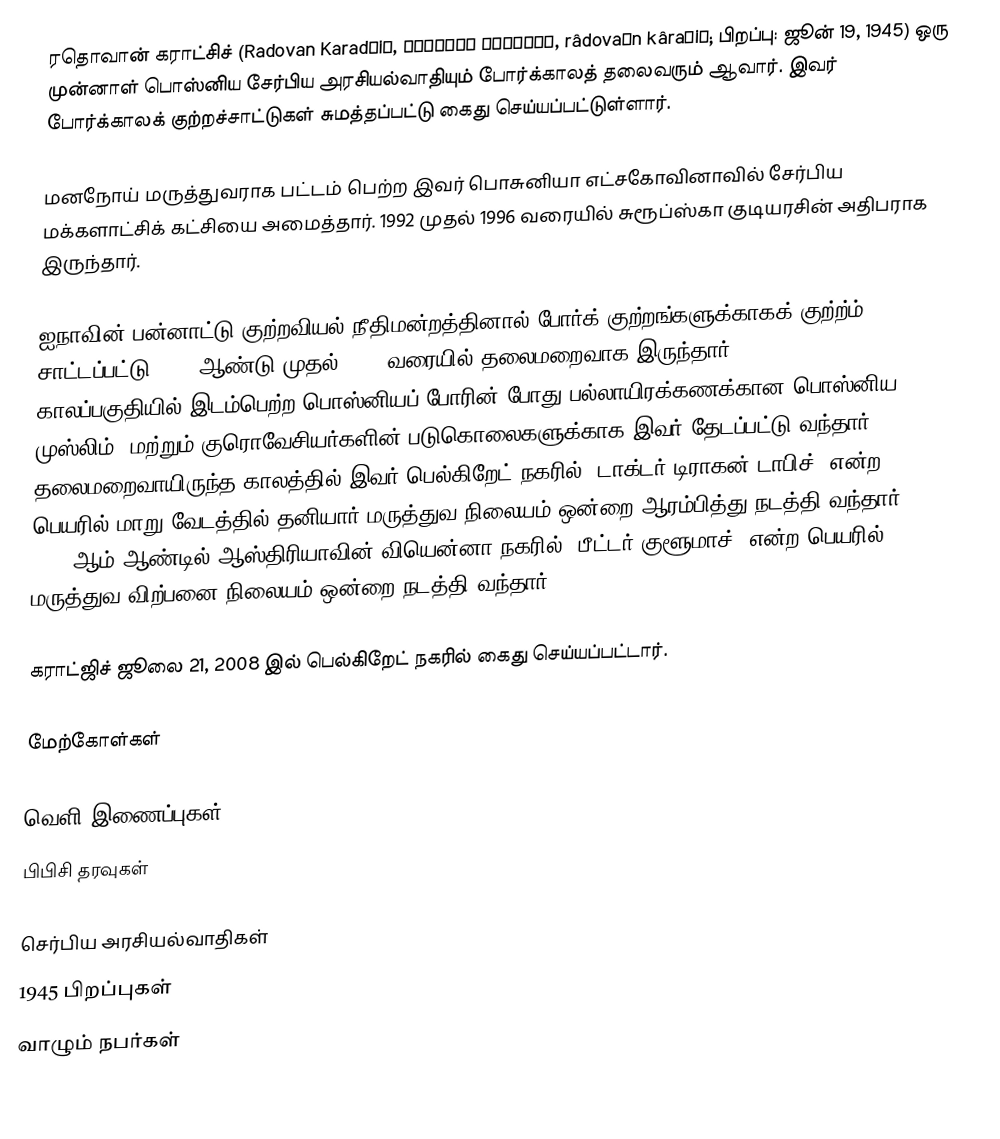
ரதொவான் கராட்சிச் (Radovan Karadžić, Радован Караџић, râdovaːn kâraʤiʨ; பிறப்பு: ஜூன் 19, 1945) ஒரு முன்னாள் பொஸ்னிய சேர்பிய அரசியல்வாதியும் போர்க்காலத் தலைவரும் ஆவார். இவர் போர்க்காலக் குற்றச்சாட்டுகள் சுமத்தப்பட்டு கைது செய்யப்பட்டுள்ளார்.

மனநோய் மருத்துவராக பட்டம் பெற்ற இவர் பொசுனியா எட்சகோவினாவில் சேர்பிய மக்களாட்சிக் கட்சியை அமைத்தார். 1992 முதல் 1996 வரையில் சுரூப்ஸ்கா குடியரசின் அதிபராக இருந்தார்.

ஐநாவின் பன்னாட்டு குற்றவியல் நீதிமன்றத்தினால் போர்க் குற்றங்களுக்காகக் குற்ற்ம் சாட்டப்பட்டு 1996 ஆண்டு முதல் 2008 வரையில் தலைமறைவாக இருந்தார். 1992-1995 காலப்பகுதியில் இடம்பெற்ற பொஸ்னியப் போரின் போது பல்லாயிரக்கணக்கான பொஸ்னிய முஸ்லிம், மற்றும் குரொவேசியர்களின் படுகொலைகளுக்காக இவர் தேடப்பட்டு வந்தார். தலைமறைவாயிருந்த காலத்தில் இவர் பெல்கிறேட் நகரில் "டாக்டர் டிராகன் டாபிச்" என்ற பெயரில் மாறு வேடத்தில் தனியார் மருத்துவ நிலையம் ஒன்றை ஆரம்பித்து நடத்தி வந்தார். 2007 ஆம் ஆண்டில் ஆஸ்திரியாவின் வியென்னா நகரில் "பீட்டர் குளூமாச்" என்ற பெயரில் மருத்துவ விற்பனை நிலையம் ஒன்றை நடத்தி வந்தார்.

கராட்ஜிச் ஜூலை 21, 2008 இல் பெல்கிறேட் நகரில் கைது செய்யப்பட்டார்.

மேற்கோள்கள்

வெளி இணைப்புகள்
பிபிசி தரவுகள்

செர்பிய அரசியல்வாதிகள்
1945 பிறப்புகள்
வாழும் நபர்கள்